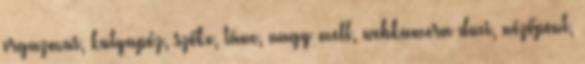
orgazmus, kutyapóz, szőke, tánc, nagy mell, webkamera duci, nézőpont,